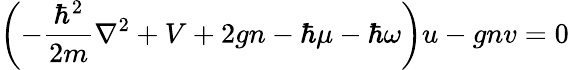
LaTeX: \left(-{\frac{\hbar^{2}}{2m}}\nabla^{2}+V+2gn-\hbar\mu-\hbar\omega\right)u-gnv=0